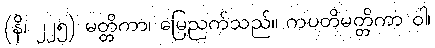
(နိ၊ ၂၂၅) မတ္တိကာ၊ မြေညက်သည်။ ကပတိမတ္တိကာ ဝါ၊